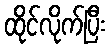
ထိုင်လိုက်ပြီး